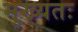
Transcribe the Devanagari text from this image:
मुख्यतः